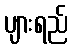
ပျားရည်